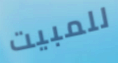
للمبيت